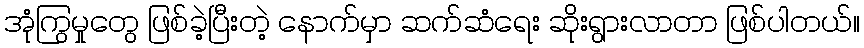
အုံကြွမှုတွေ ဖြစ်ခဲ့ပြီးတဲ့ နောက်မှာ ဆက်ဆံရေး ဆိုးရွားလာတာ ဖြစ်ပါတယ်။